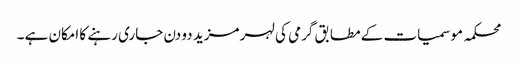
محکمہ موسمیات کے مطابق گرمی کی لہر مزید دو دن جاری رہنے کا امکان ہے ۔